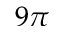
9 \pi